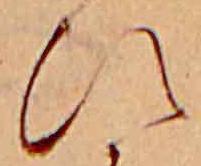
ひ